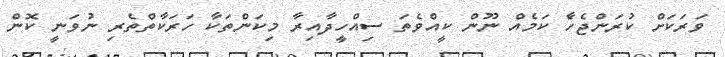
ވަރަކަށް ކުރަންޖެހާެ ކަމެެއް ނޫން ކީއްވެތަ ސިއްހީދާއިރާ މިކަންތަކާ ހަރަކާތްތެރި ނުވަނީ ކޮން